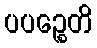
ပပဉ္စေတိ